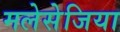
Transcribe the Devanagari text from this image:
मलेसेजिया